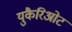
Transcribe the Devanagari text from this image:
युकैरिओट